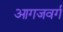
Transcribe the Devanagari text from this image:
आगजवर्ग